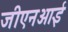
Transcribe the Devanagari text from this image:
जीएनआई